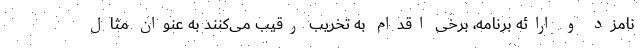
نامزد و ارائه برنامه، برخی اقدام به تخریب رقیب می‌کنند به عنوان مثال